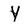
Character: Y